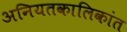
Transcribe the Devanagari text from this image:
अनियतकालिकांत